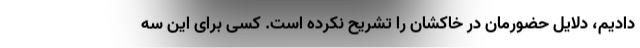
دادیم، دلایل حضورمان در خاکشان را تشریح نکرده است. کسی برای این سه